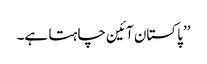
’’پاکستان آئین چاہتا ہے۔